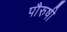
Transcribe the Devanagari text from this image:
पौरुषी